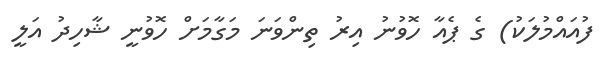
ފުއައްމުލަކު) ގެ ޕެއާ ހޮވުނު އިރު ތިންވަނަ މަގާމަށް ހޮވުނީ ޝާހިދު އަލީ